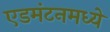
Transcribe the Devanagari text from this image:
एडमंटनमध्ये